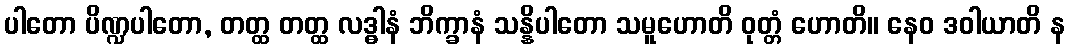
ပါတော ပိဏ္ဍပါတော, တတ္ထ တတ္ထ လဒ္ဓါနံ ဘိက္ခာနံ သန္နိပါတော သမူဟောတိ ဝုတ္တံ ဟောတိ။ နေဝ ဒဝါယာတိ န